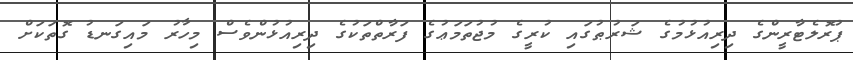
ޕުރޮލެޓާރީންގެ ދިރިއުޅުމުގެ ޝަރުޠުގައި ކުރީގެ މުޖުތަމަޢުގެ ފަރާތްތަކުގެ ދިރިއުޅުންވެސް މިހާރު މައިގަނޑު ގޮތަކަށް